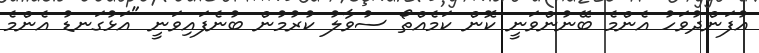
އުފަންދުވަހު އެންމެ ބޭނުންވަނީ ކޮން ކަމެއްތޯ ސުވާލު ކުރުމުން ބުނެފައިވަނީ "އަޅުގަނޑު އެންމެ